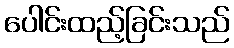
ပေါင်းထည့်ခြင်းသည်